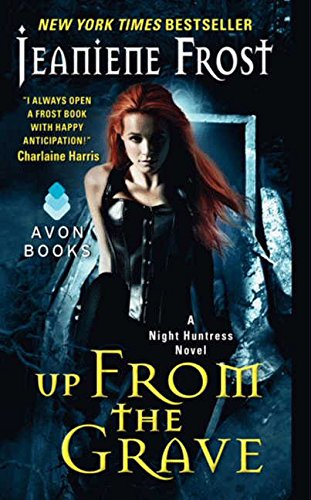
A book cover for Up from the Grave (Night Huntress); Jeaniene Frost; Romance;